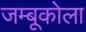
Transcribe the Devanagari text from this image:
जम्बूकोला